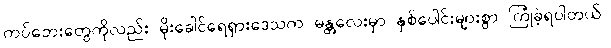
ကပ်ဘေးတွေကိုလည်း မိုးခေါင်ရေရှားဒေသက မန္တလေးမှာ နှစ်ပေါင်းများစွာ ကြုံခဲ့ရပါတယ်။